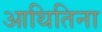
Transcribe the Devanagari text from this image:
आथितिना